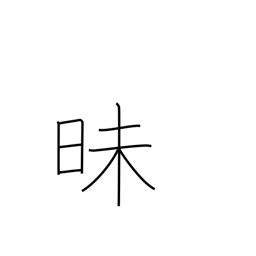
Meaning: dark